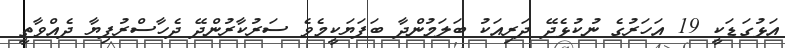
އަޅުގަޑަކީ 19 އަހަރުގެ ނުކުޅެދޭ ދަރިއަކު ބަލަމުންދާ ބަފަޔަކީމެވެ ސަރުކާރުންދޭ ދެހާސްރުފިޔާ ދެއްވާތީ